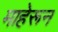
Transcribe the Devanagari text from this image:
माहेरून